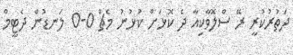
ދަތުރުކުރީ ރޭ ސްލޮވާކިއާ ދެ ކޮޅަށް ކުޅުނު މެޗް 0-0 ލަނޑުން ދެޓީމް